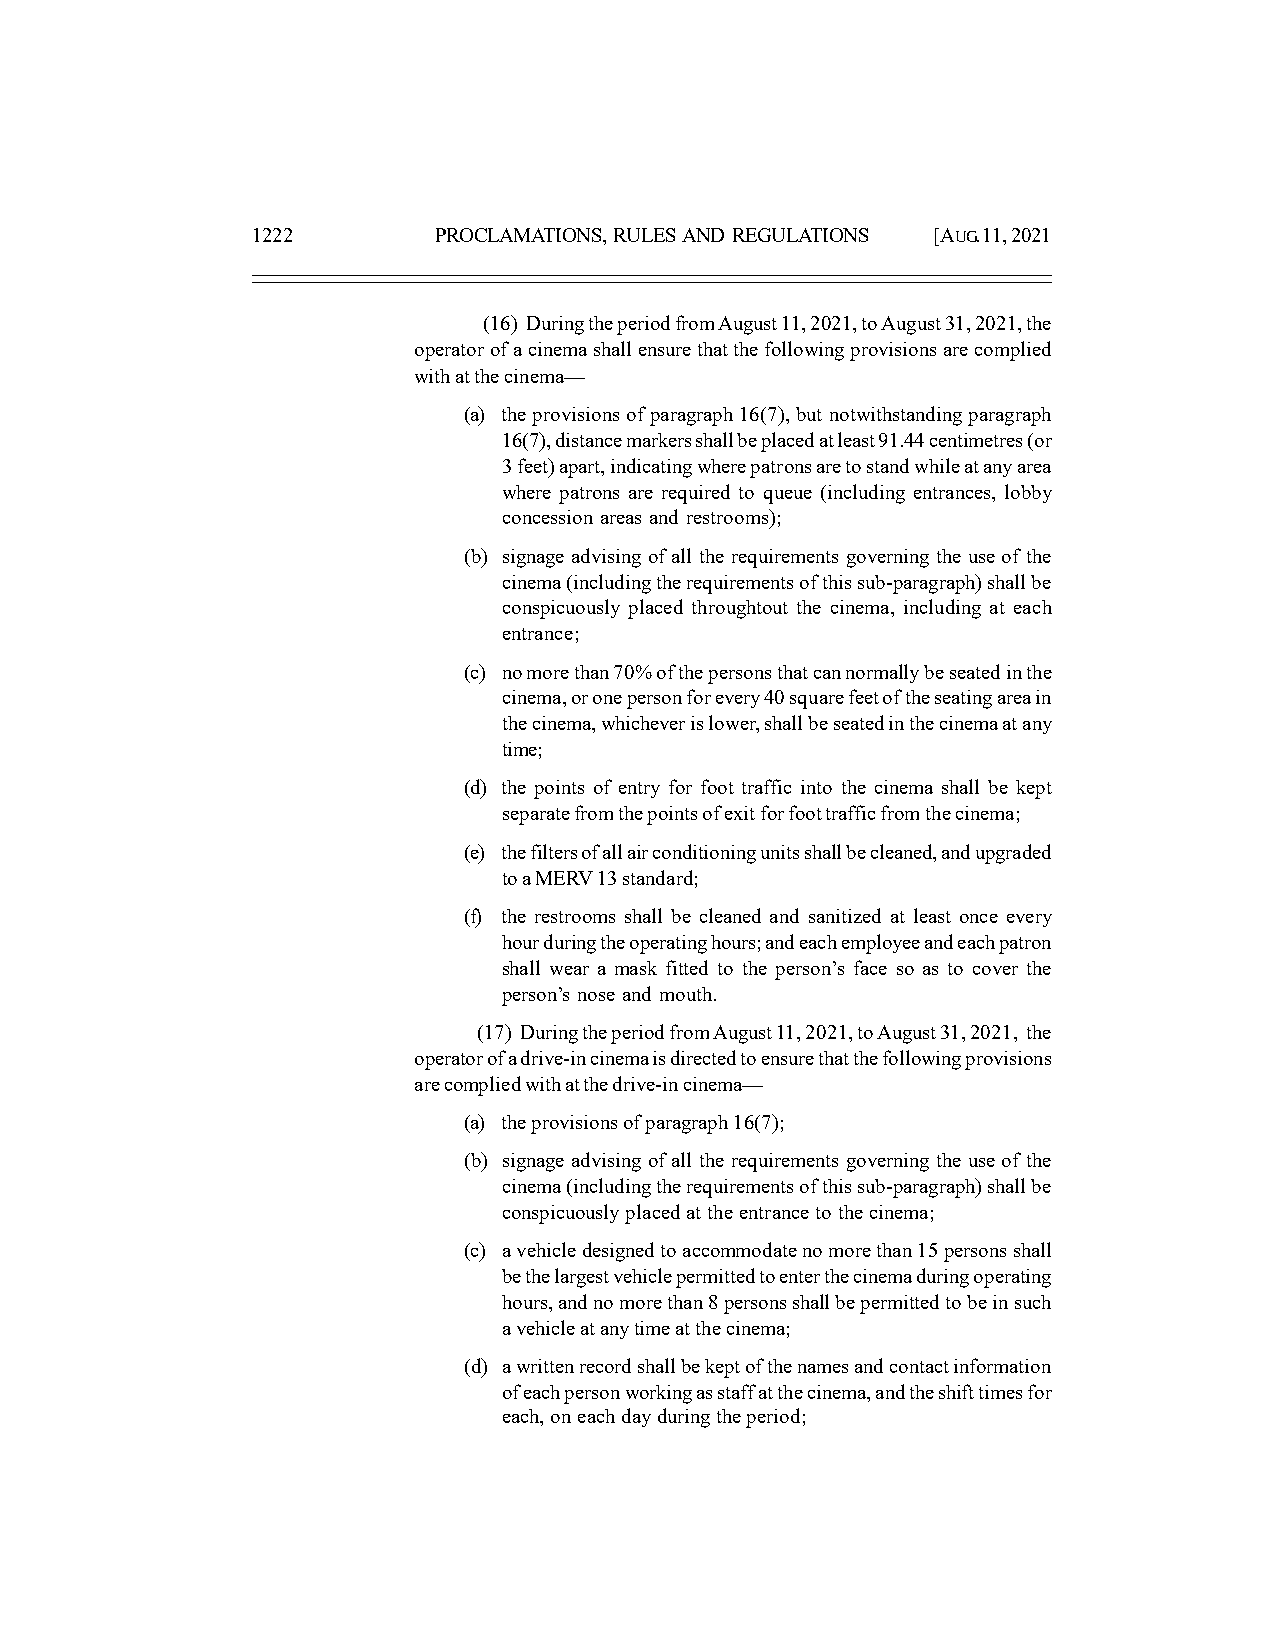
1222        PROCLAMATIONS, RULES AND REGULATIONS [AUG. 11, 2021
 (16) During the period from August 11, 2021, to August 31, 2021, the
 operator of a cinema shall ensure that the following provisions are complied
 with at the cinema—
 (a) the provisions of paragraph 16(7), but notwithstanding paragraph
 16(7), distance markers shall be placed at least 91.44 centimetres (or
 3 feet) apart, indicating where patrons are to stand while at any area
 where patrons are required to queue (including entrances, lobby
 concession areas and restrooms);
 (b) signage advising of all the requirements governing the use of the
 cinema (including the requirements of this sub-paragraph) shall be
 conspicuously placed throughtout the cinema, including at each
 entrance;
 (c) no more than 70% of the persons that can normally be seated in the
 cinema, or one person for every 40 square feet of the seating area in
 the cinema, whichever is lower, shall be seated in the cinema at any
 time;
 (d) the points of entry for foot traffic into the cinema shall be kept
 separate from the points of exit for foot traffic from the cinema;
 (e) the filters of all air conditioning units shall be cleaned, and upgraded
 to a MERV 13 standard;
 (f) the restrooms shall be cleaned and sanitized at least once every
 hour during the operating hours; and each employee and each patron
 shall wear a mask fitted to the person’s face so as to cover the
 person’s nose and mouth.
 (17) During the period from August 11, 2021, to August 31, 2021, the
 operator of a drive-in cinema is directed to ensure that the following provisions
 are complied with at the drive-in cinema—
 (a) the provisions of paragraph 16(7);
 (b) signage advising of all the requirements governing the use of the
 cinema (including the requirements of this sub-paragraph) shall be
 conspicuously placed at the entrance to the cinema;
 (c) a vehicle designed to accommodate no more than 15 persons shall
 be the largest vehicle permitted to enter the cinema during operating
 hours, and no more than 8 persons shall be permitted to be in such
 a vehicle at any time at the cinema;
 (d) a written record shall be kept of the names and contact information
 of each person working as staff at the cinema, and the shift times for
 each, on each day during the period;